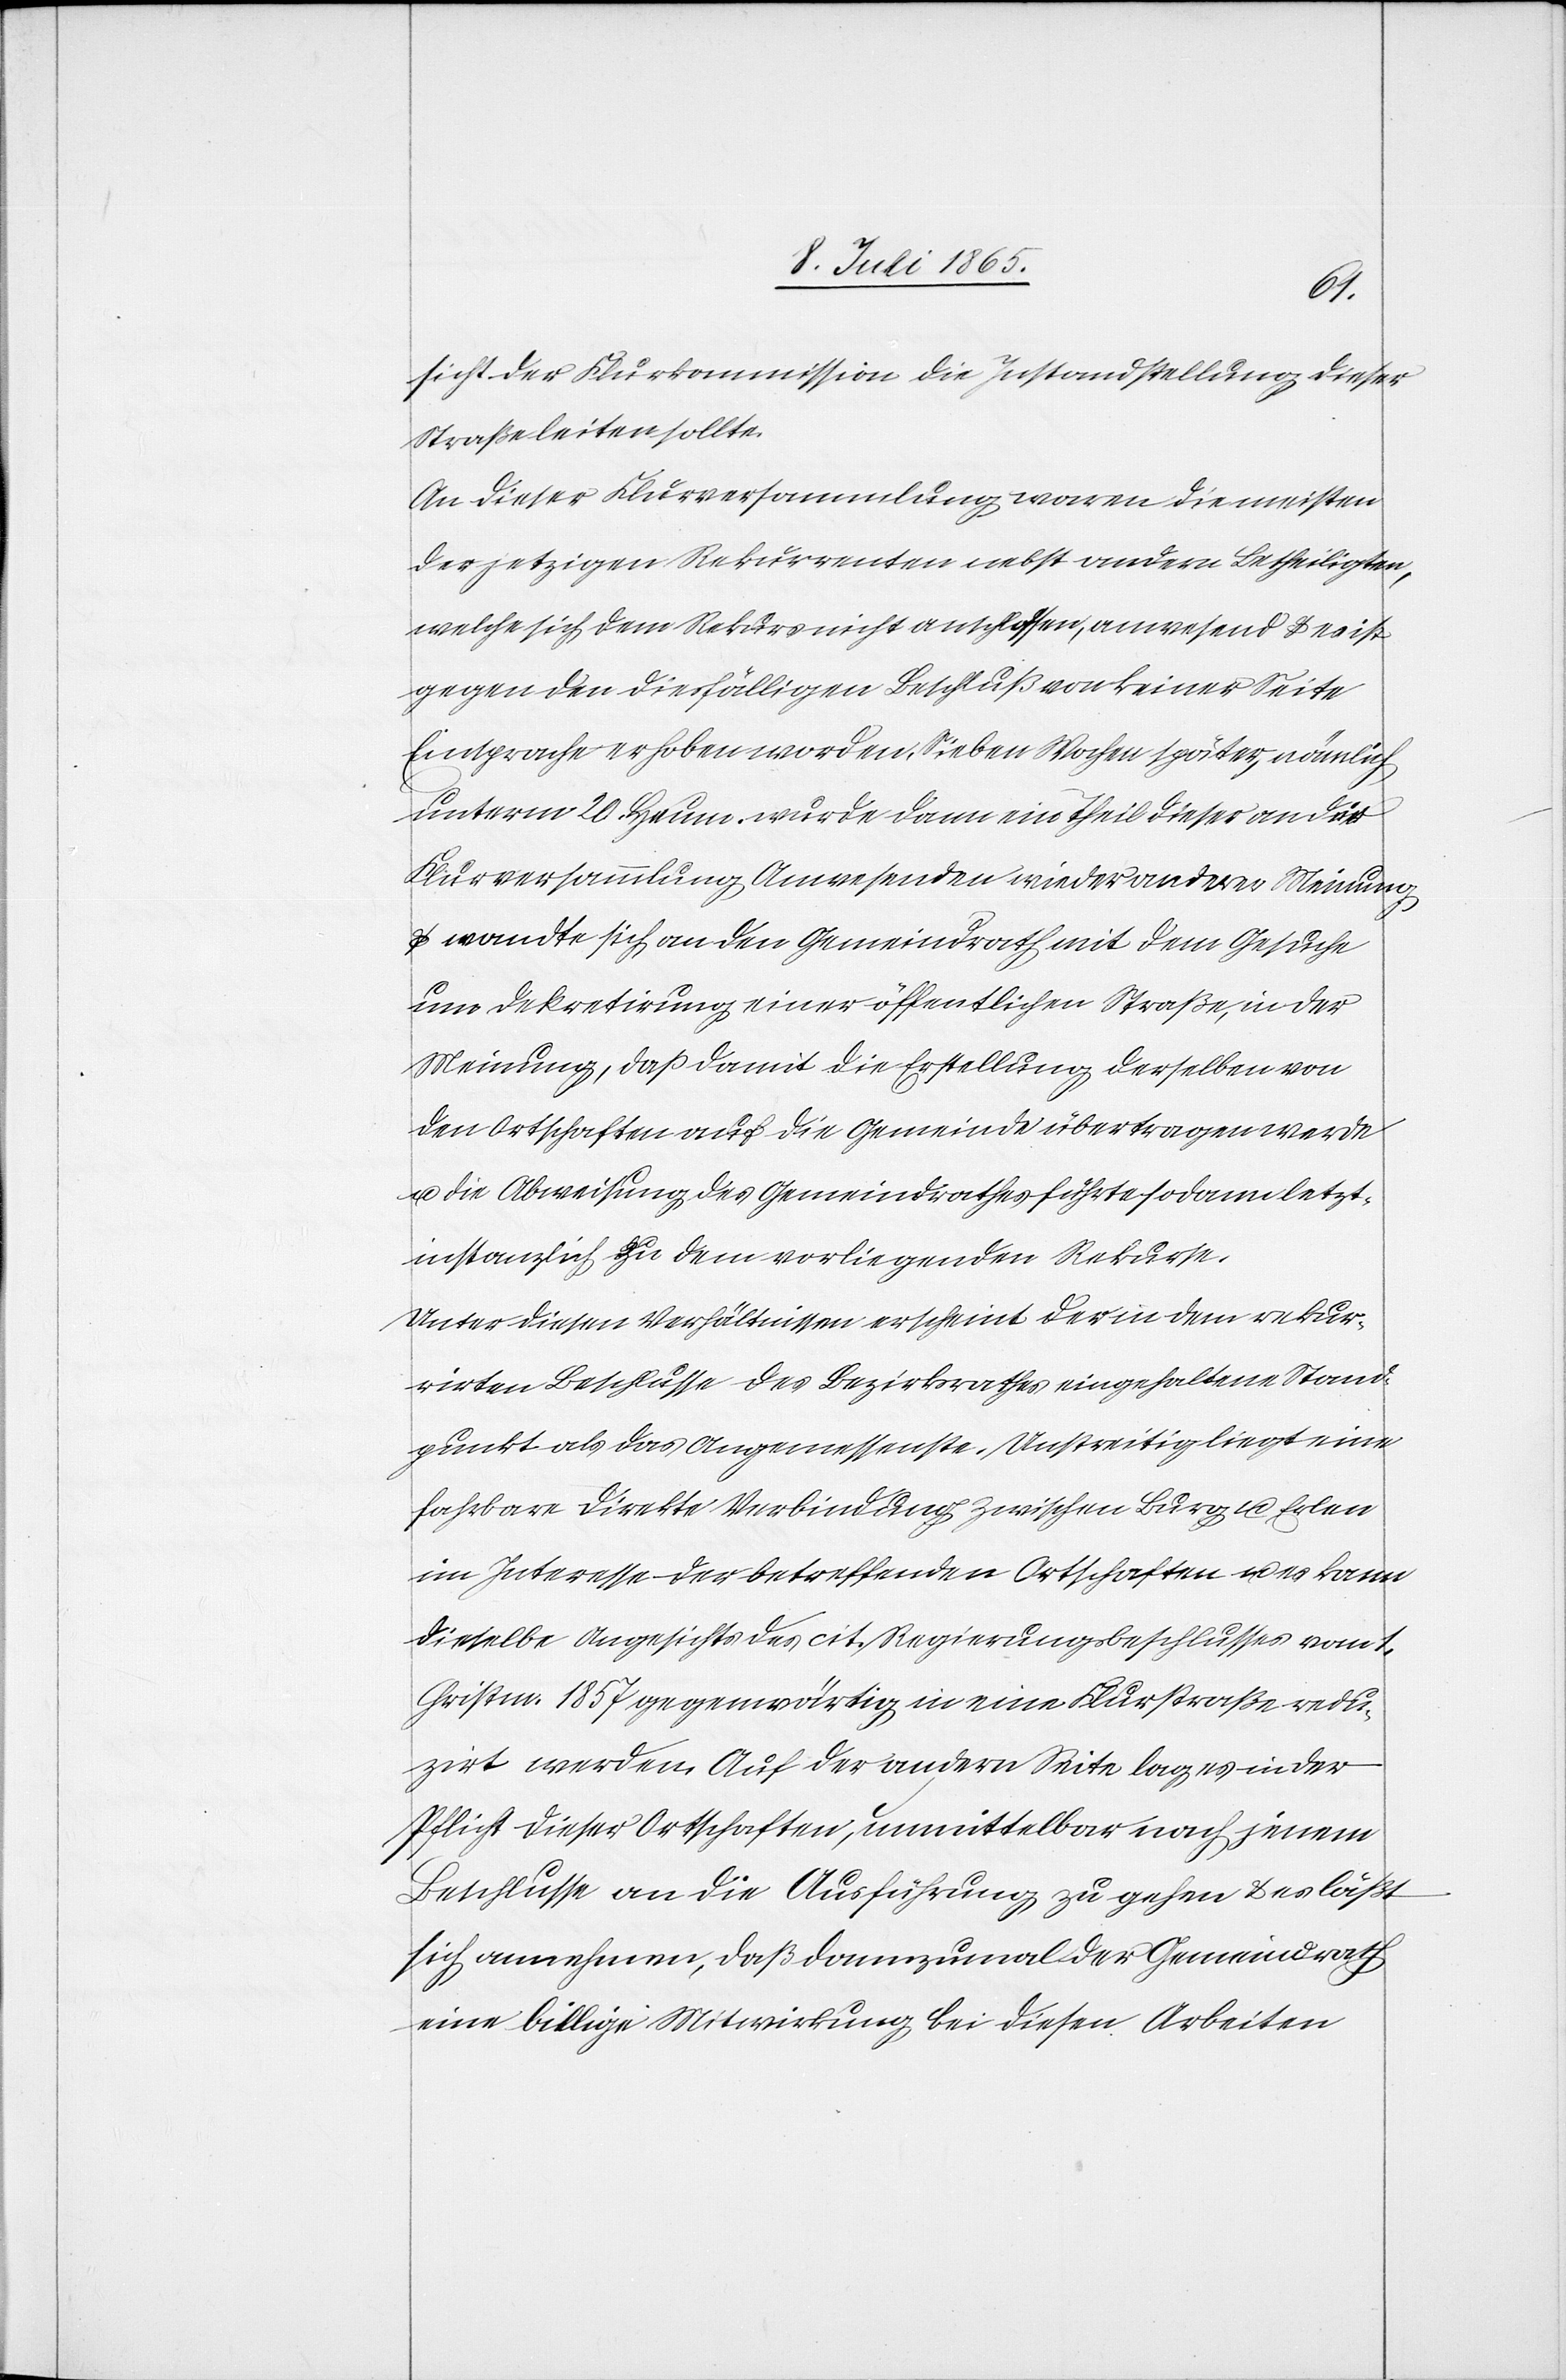
sicht der Flurkommission die Instandstellung dieser
Straße leiten sollte.
An dieser Flurversammlung waren die meisten
der jetzigen Rekurrenten nebst andern Betheiligten,
welche sich dem Rekurs nicht anschlossen, anwesend u. es ist
gegen den diesfälligen Beschluß von keiner Seite
Einsprache erhoben worden. Sieben Wochen später, nämlich
unterm 20. Heum. wurde dann ein Theil dieser an der
Flurversammlung Anwesenden wieder anderer Meinung
u. wandte sich an den Gemeindrath mit dem Gesuche
um Dekretirung einer öffentlichen Straße, in der
Meinung, daß damit die Erstellung derselben von
den Ortschaften auf die Gemeinde übertragen werde
u. die Abweisung des Gemeindrathes führte sodann letzt¬
instanzlich zu dem vorliegenden Rekurse.
Unter diesen Verhältnissen erscheint der in dem rekur¬
rirten Beschlusse des Bezirksrathes eingehaltene Stand¬
punkt als das Angemessenste. Unstreitig liegt eine
fahrbare direkte Verbindung zwischen Burg u. Erlen
im Interesse der betreffenden Ortschaften u. es kann
dieselbe Angesichts des cit. Regierungsbeschlusses vom 1.
Christm. 1857 gegenwärtig in eine Flurstraße redu¬
zirt werden. Auf der andern Seite lag es in der
Pflicht dieser Ortschaften, unmittelbar nach jenem
Beschlusse an die Ausführung zu gehen u. es läßt
sich annehmen, daß dannzumal der Gemeindrath
eine billige Mitwirkung bei diesen Arbeiten